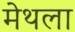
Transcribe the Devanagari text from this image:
मेथला